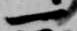
一